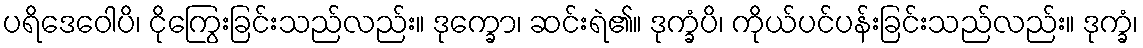
ပရိဒေဝေါပိ၊ ငိုကြွေးခြင်းသည်လည်း။ ဒုက္ခော၊ ဆင်းရဲ၏။ ဒုက္ခံပိ၊ ကိုယ်ပင်ပန်းခြင်းသည်လည်း။ ဒုက္ခံ၊